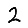
Digit: 2